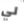
لي